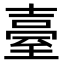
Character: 臺